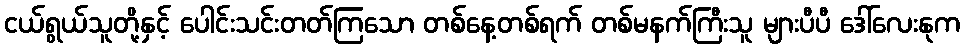
ငယ်ရွယ်သူတို့နှင့် ပေါင်းသင်းတတ်ကြသော တစ်နေ့တစ်ရက် တစ်မနက်ကြီးသူ များပီပီ ဒေါ်လေးနုက